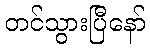
တင်သွားပြီနော်